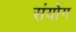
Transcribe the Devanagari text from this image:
संयोंग